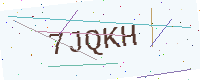
Text: 7JQKH